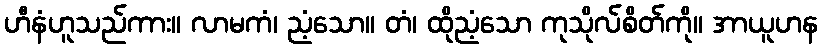
ဟီနံဟူသည်ကား။ လာမကံ၊ ညံ့သော။ တံ၊ ထိုညံ့သော ကုသိုလ်စိတ်ကို။ အာယူဟန